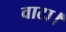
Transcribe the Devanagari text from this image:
वाटा।